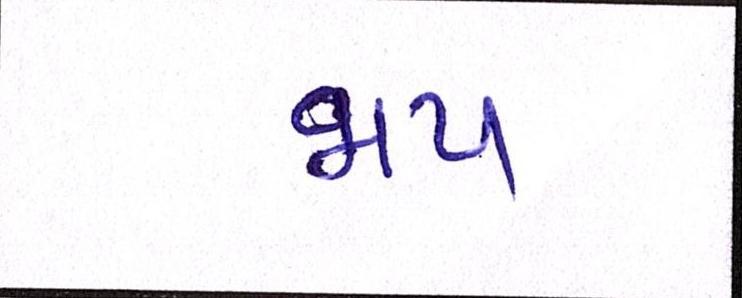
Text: જાપ